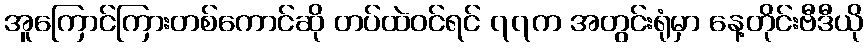
အူကြောင်ကြားတစ်ကောင်ဆို တပ်ထဲဝင်ရင် ၇၇က အတွင်းရုံမှာ နေ့တိုင်းဗီဒီယို